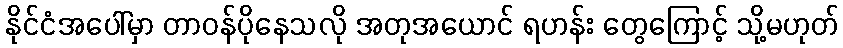
နိုင်ငံအပေါ်မှာ တာဝန်ပိုနေသလို အတုအယောင် ရဟန်း တွေကြောင့် သို့မဟုတ်